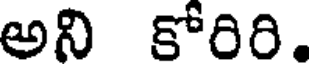
అని కోరిరి.